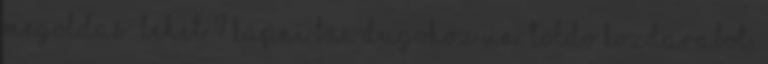
megoldas: lehet ? kapni BNC dugohoz un. toldo kozdarabot.